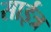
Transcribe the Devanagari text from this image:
साईत्र